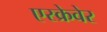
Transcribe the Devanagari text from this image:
एस्क्रेवेर